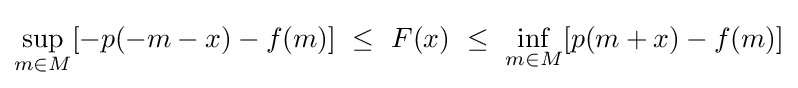
\sup _{m\in M}[-p(-m-x)-f(m)]~\leq ~F(x)~\leq ~\inf _{m\in M}[p(m+x)-f(m)]